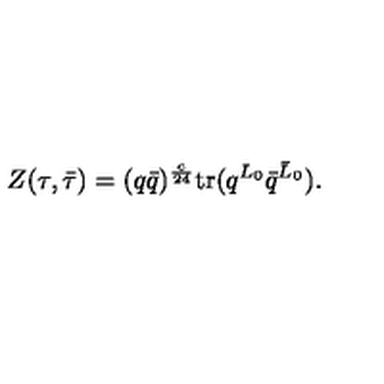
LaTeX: Z ( \tau , \bar { \tau } ) = ( q \bar { q } ) ^ { \frac { c } { 2 4 } } \mathrm { t r } ( q ^ { L _ { 0 } } \bar { q } ^ { \bar { L } _ { 0 } } ) .